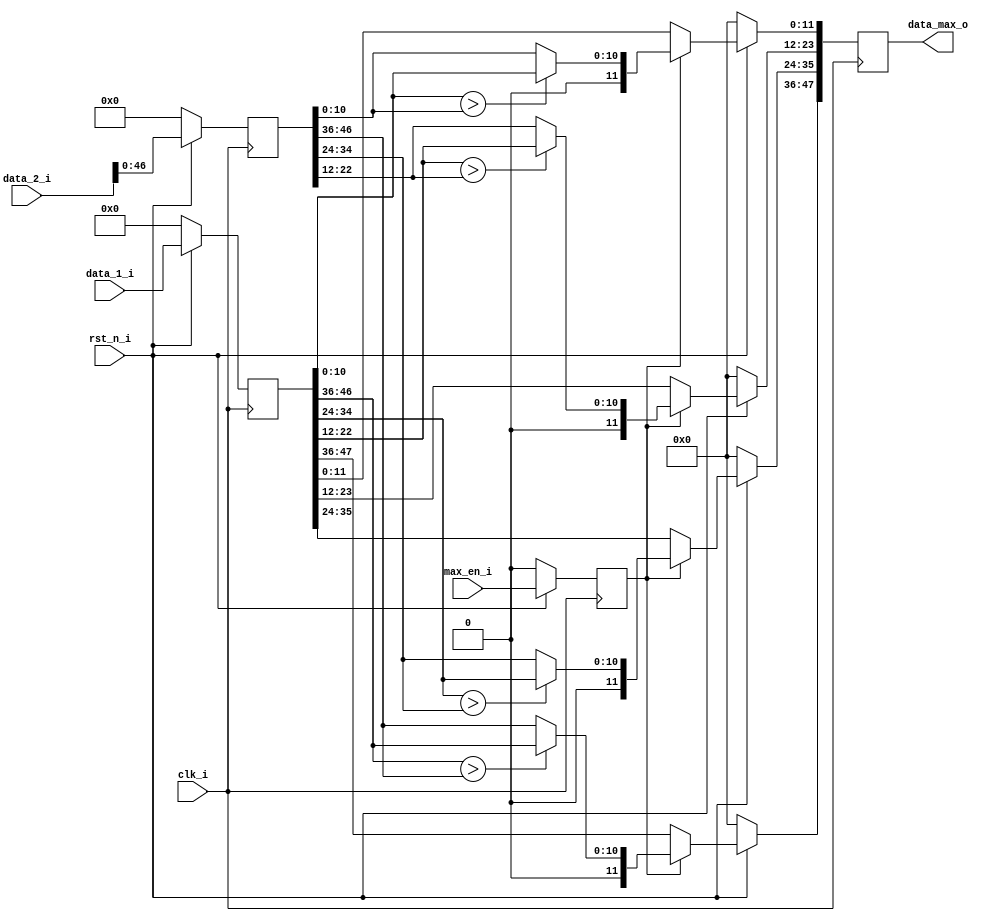
module max_pool(
	clk_i,
	rst_n_i,

	data_1_i,
	data_2_i,
	data_max_o,
	max_en_i
);


//----------------------------------------------------------------------------------------------------------------------
// Global constant and function headers
//----------------------------------------------------------------------------------------------------------------------

//----------------------------------------------------------------------------------------------------------------------
// parameter definitions
//----------------------------------------------------------------------------------------------------------------------

//----------------------------------------------------------------------------------------------------------------------
// localparam definitions
//----------------------------------------------------------------------------------------------------------------------

//----------------------------------------------------------------------------------------------------------------------
// I/O signals
//----------------------------------------------------------------------------------------------------------------------

	// System Clock Signals
	input 															clk_i;
	input 															rst_n_i;

	// Max-pool Control Signals
	input 						[47:0]								data_1_i;
	input 						[47:0]								data_2_i;
	output 	reg					[47:0]								data_max_o;
	input 															max_en_i;

//----------------------------------------------------------------------------------------------------------------------
// Internal wires and registers
//----------------------------------------------------------------------------------------------------------------------

	reg 						[47:0] 								r_data_1;
	reg 						[47:0] 								r_data_2;
	reg 															r_max_en;

	wire 						[10:0] 								w_data_1_1; 
	wire 						[10:0] 								w_data_1_2; 
	wire 						[10:0] 								w_data_1_3; 
	wire 						[10:0] 								w_data_1_4; 

	wire 						[10:0] 								w_data_2_1; 
	wire 						[10:0] 								w_data_2_2; 
	wire 						[10:0] 								w_data_2_3; 
	wire 						[10:0] 								w_data_2_4; 

	wire 						[11:0] 								w_data_max_1; 
	wire 						[11:0] 								w_data_max_2; 
	wire 						[11:0] 								w_data_max_3; 
	wire 						[11:0] 								w_data_max_4; 

//----------------------------------------------------------------------------------------------------------------------
// Implmentation
//----------------------------------------------------------------------------------------------------------------------

	// Input Control Signals
	always @(posedge clk_i) begin : INPUT_SIG
		if(~rst_n_i) begin
			r_data_1 <= 0;
			r_data_2 <= 0;
			r_max_en <= 0;
		end else begin
			r_data_1 <= data_1_i;
			r_data_2 <= data_2_i;
			r_max_en <= max_en_i;
		end
	end

	// Data 1
	assign w_data_1_1 = r_data_1[46:36];
	assign w_data_1_2 = r_data_1[34:24];
	assign w_data_1_3 = r_data_1[22:12];
	assign w_data_1_4 = r_data_1[10:00];

	// Data 2
	assign w_data_2_1 = r_data_2[46:36];
	assign w_data_2_2 = r_data_2[34:24];
	assign w_data_2_3 = r_data_2[22:12];
	assign w_data_2_4 = r_data_2[10:00];

	// Data MAX
	assign w_data_max_1[11:11] = 0;
	assign w_data_max_1[10:00] = (w_data_1_1 > w_data_2_1) ? w_data_1_1 : w_data_2_1;

	assign w_data_max_2[11:11] = 0;
	assign w_data_max_2[10:00] = (w_data_1_2 > w_data_2_2) ? w_data_1_2 : w_data_2_2;

	assign w_data_max_3[11:11] = 0;
	assign w_data_max_3[10:00] = (w_data_1_3 > w_data_2_3) ? w_data_1_3 : w_data_2_3;

	assign w_data_max_4[11:11] = 0;
	assign w_data_max_4[10:00] = (w_data_1_4 > w_data_2_4) ? w_data_1_4 : w_data_2_4;
	
	// DATA MAX
	always @(posedge clk_i) begin : DATA_MAX
		if(~rst_n_i) begin
			data_max_o <= 0;
		end 
		else if(r_max_en) begin
			data_max_o[47:36] <= w_data_max_1;
			data_max_o[35:24] <= w_data_max_2;
			data_max_o[23:12] <= w_data_max_3;
			data_max_o[11:00] <= w_data_max_4;
		end
		else begin
			data_max_o <= r_data_1;
		end
	end
//----------------------------------------------------------------------------------------------------------------------
// Sub module instantiation
//----------------------------------------------------------------------------------------------------------------------

	
endmodule